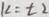
k = \pm 2